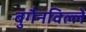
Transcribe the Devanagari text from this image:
बुगैनविल्ले